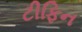
ટીફિન